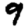
Digit: 9